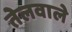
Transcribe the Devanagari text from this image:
तेलवाले